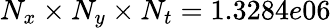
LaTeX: N_{x}\times N_{y}\times N_{t}=1.3284e06